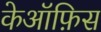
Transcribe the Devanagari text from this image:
केऑफ़िस